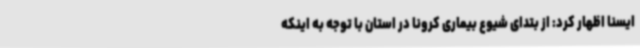
ایسنا اظهار کرد: از بتدای شیوع بیماری کرونا در استان با توجه به اینکه